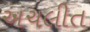
અચલીત